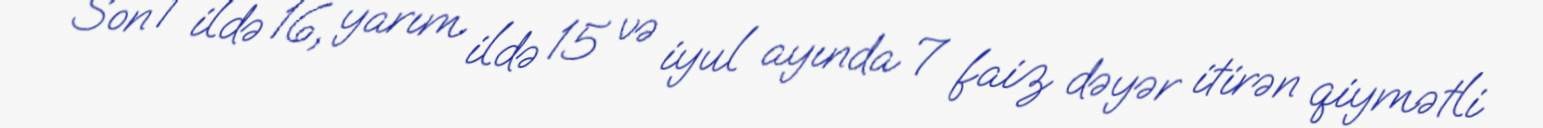
Son 1 ildə 16, yarım ildə 15 və iyul ayında 7 faiz dəyər itirən qiymətli